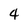
Character: 4